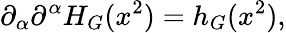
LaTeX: \partial_{\alpha}\partial^{\alpha}H_{G}(x^{2})=h_{G}(x^{2}),